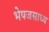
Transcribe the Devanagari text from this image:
भेषजसाध्य